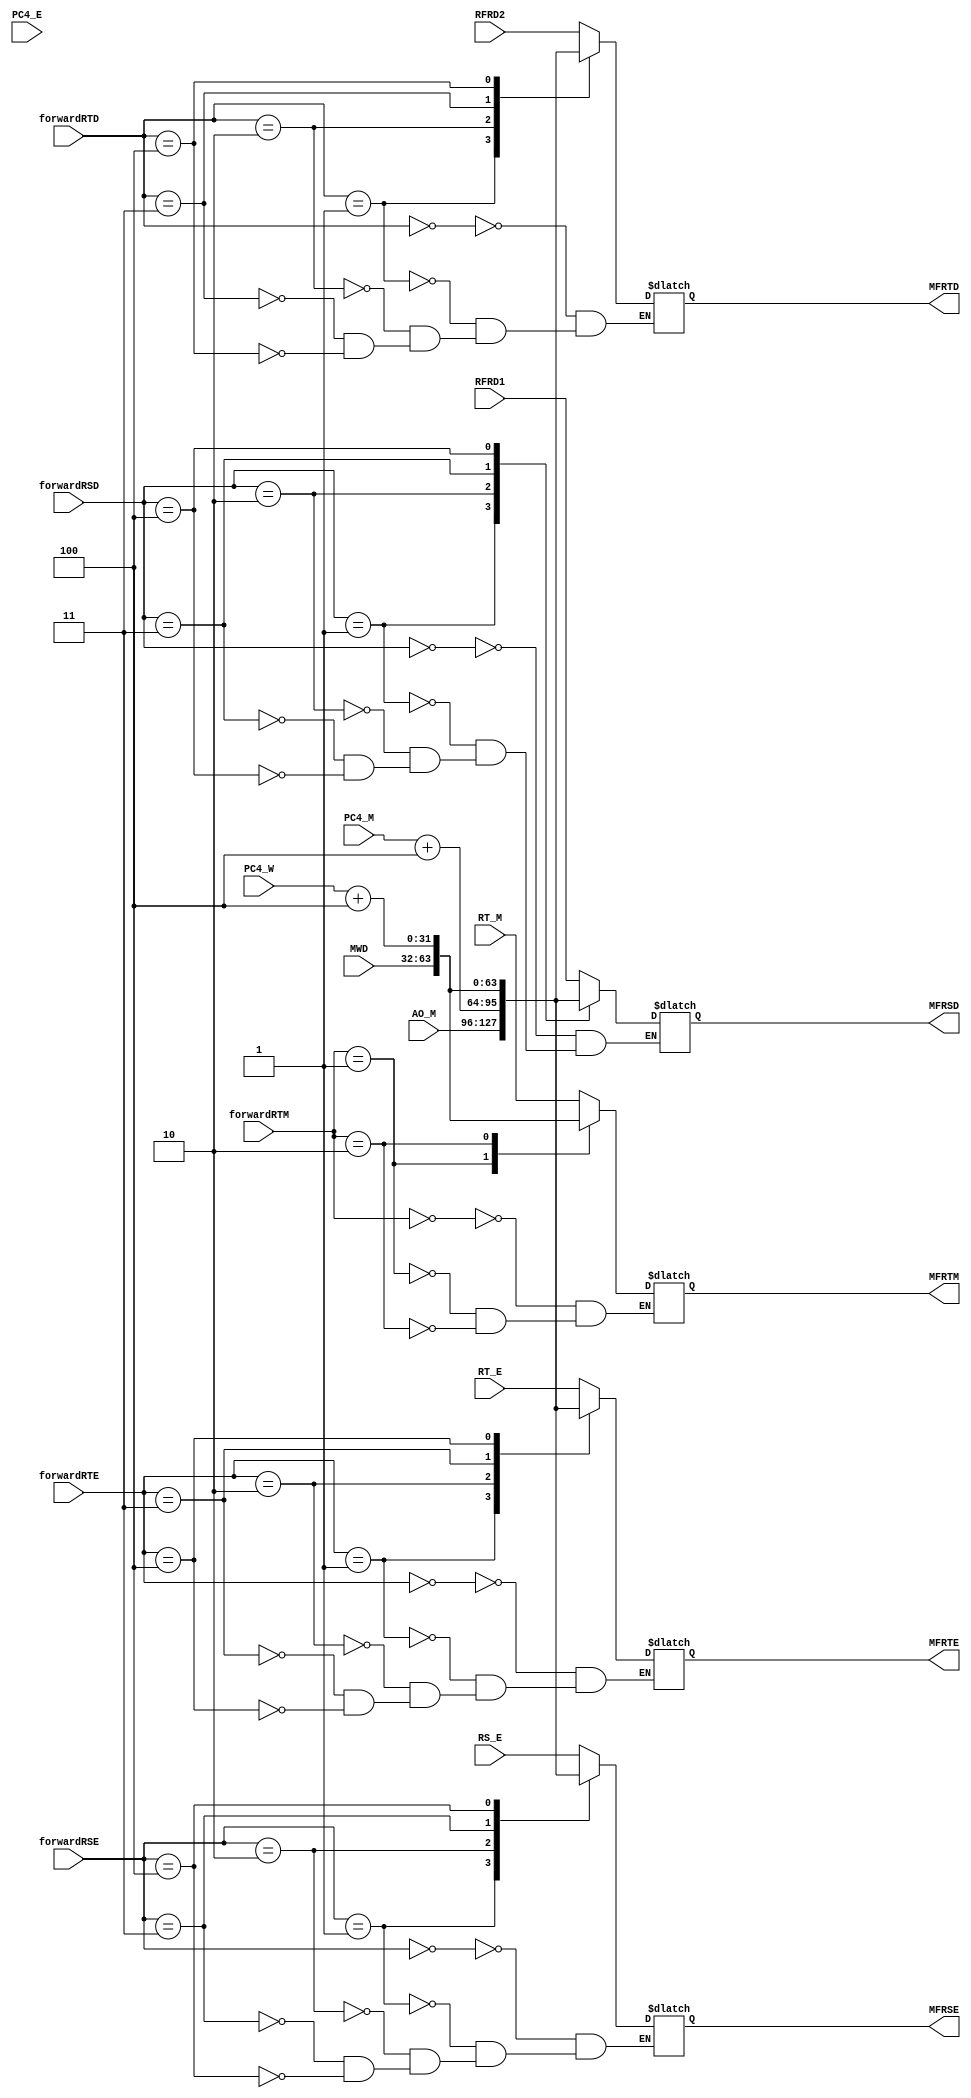
`timescale 1ns / 1ps
//////////////////////////////////////////////////////////////////////////////////
// Company: 
// Engineer: 
// 
// Design Name: 
// Module Name:    forwardMUX 
// Project Name: 
// Target Devices: 
// Tool versions: 
// Description: 
//
// Dependencies: 
//
// Revision: 
// Revision 0.01 - File Created
// Additional Comments: 
//
//////////////////////////////////////////////////////////////////////////////////
module forwardMUX(
    input [31:0] AO_M,
    input [31:0] MWD,
    input [31:0] RFRD1,
    input [31:0] RFRD2,
    input [31:0] RS_E,
    input [31:0] RT_E,
    input [31:0] RT_M,
	 input [31:0] PC4_E,
	 input [31:0] PC4_M,
	 input [31:0] PC4_W,
	 input [2:0] forwardRSD,
    input [2:0] forwardRTD,
    input [2:0] forwardRSE,
    input [2:0] forwardRTE,
    input [1:0] forwardRTM,
    output reg[31:0] MFRSD,
    output reg[31:0] MFRTD,
    output reg[31:0] MFRSE,
    output reg[31:0] MFRTE,
    output reg[31:0] MFRTM
    );
    always@(*)begin
	  case(forwardRSD)
	    0:MFRSD<=RFRD1;
		 1:MFRSD<=AO_M;
		 2:MFRSD<=PC4_M+4;
		 3:MFRSD<=MWD;
		 4:MFRSD<=PC4_W+4;
	  endcase
	  
	  case(forwardRTD)
	    0:MFRTD<=RFRD2;
		 1:MFRTD<=AO_M;
		 2:MFRTD<=PC4_M+4;
		 3:MFRTD<=MWD;
		 4:MFRTD<=PC4_W+4;
	  endcase
	  
	  
	  case(forwardRSE)
	    0:MFRSE<=RS_E;
		 1:MFRSE<=AO_M;
		 2:MFRSE<=PC4_M+4;
		 3:MFRSE<=MWD;
		 4:MFRSE<=PC4_W+4;
	  endcase	  
	  
	  case(forwardRTE)
	    0:MFRTE<=RT_E;
		 1:MFRTE<=AO_M;
		 2:MFRTE<=PC4_M+4;
		 3:MFRTE<=MWD;
		 4:MFRTE<=PC4_W+4;
	  endcase
	  
	  case(forwardRTM)
	    0:MFRTM<=RT_M;
		 1:MFRTM<=MWD;
		 2:MFRTM<=PC4_W+4;
	  endcase
	  
	 end

endmodule